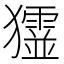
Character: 𤣋